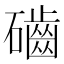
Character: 𥗊